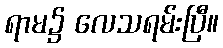
ရာမ၌ လေသရမ်းပြီ။